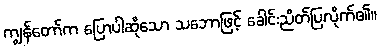
ကျွန်တော်က ပြောပါဆိုသော သဘောဖြင့် ခေါင်းညိတ်ပြလိုက်၏။